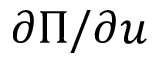
\partial \Pi / \partial u